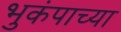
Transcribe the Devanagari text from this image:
भुकंपाच्या